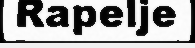
Rapelje